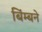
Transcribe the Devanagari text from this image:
बिंम्बने